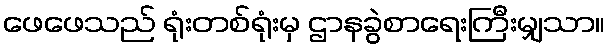
ဖေဖေသည် ရုံးတစ်ရုံးမှ ဌာနခွဲစာရေးကြီးမျှသာ။